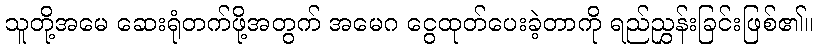
သူတို့အမေ ဆေးရုံတက်ဖို့အတွက် အမေဂ ငွေထုတ်ပေးခဲ့တာကို ရည်ညွှန်းခြင်းဖြစ်၏။